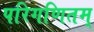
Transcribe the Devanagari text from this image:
परिगणितम्